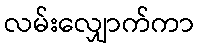
လမ်းလျှောက်ကာ